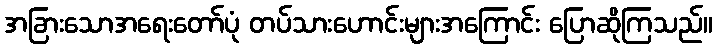
အခြားသောအရေးတော်ပုံ တပ်သားဟောင်းများအကြောင်း ပြောဆိုကြသည်။